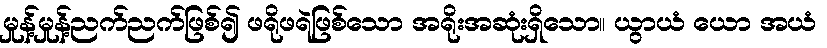
မှုန့်မှုန့်ညက်ညက်ဖြစ်၍ ဖရိုဖရဲဖြစ်သော အရိုးအဆုံးရှိသော။ ယွာယံ ယော အယံ